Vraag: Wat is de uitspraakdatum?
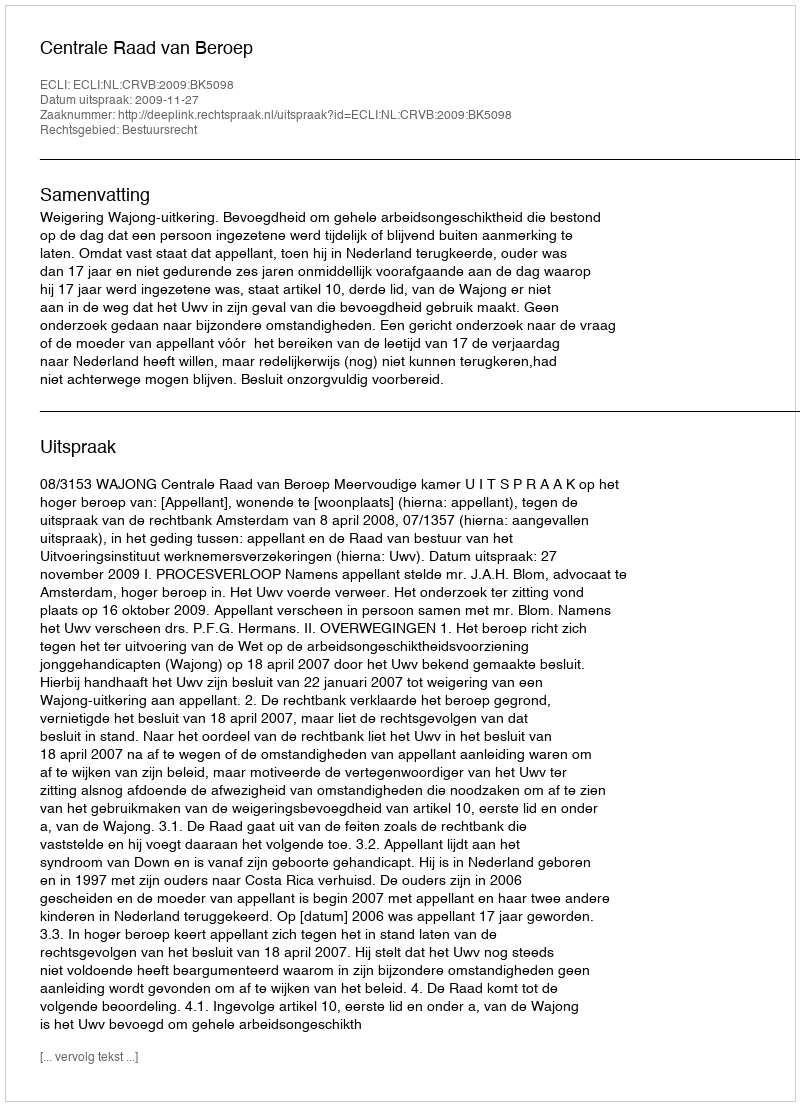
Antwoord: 2009-11-27